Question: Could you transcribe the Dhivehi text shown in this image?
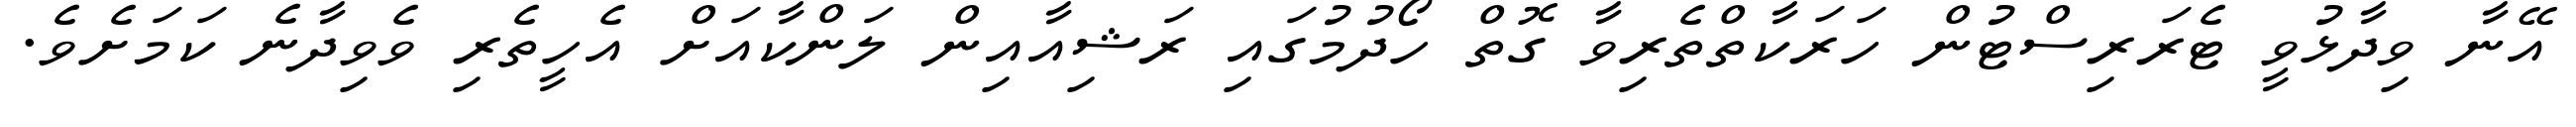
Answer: އޭނާ ވިދާޅުވީ ޓެރަރިސްޓުން ހަރަކާތްތެރިވާ ގޮތް ހޯދުމުގައި ރަޝިއާއިން ލަންކާއަށް އެހީތެރި ވެވިދާނެ ކަމަށެވެ.